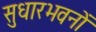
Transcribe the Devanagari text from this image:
सुधारभवनों